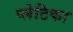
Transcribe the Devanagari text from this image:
प्लेटिका